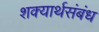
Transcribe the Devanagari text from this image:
शक्यार्थसंबंध